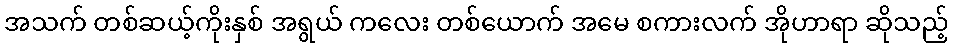
အသက် တစ်ဆယ့်ကိုးနှစ် အရွယ် ကလေး တစ်ယောက် အမေ စကားလက် အိုဟာရာ ဆိုသည့်